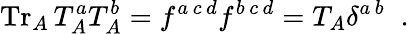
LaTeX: \mathrm{Tr}_{A}\, T_{A}^{a}T_{A}^{b}=f^{a\, c\, d}f^{b\, c\, d}=T_{A}\delta^{a\, b}\; \; .